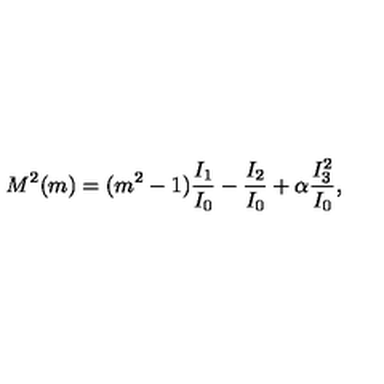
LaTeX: M ^ { 2 } ( m ) = ( m ^ { 2 } - 1 ) \frac { I _ { 1 } } { I _ { 0 } } - \frac { I _ { 2 } } { I _ { 0 } } + \alpha \frac { I _ { 3 } ^ { 2 } } { I _ { 0 } } ,